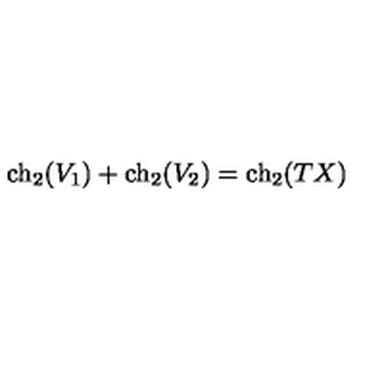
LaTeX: \mathrm { c h } _ { 2 } ( V _ { 1 } ) + \mathrm { c h } _ { 2 } ( V _ { 2 } ) = \mathrm { c h } _ { 2 } ( T X )